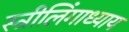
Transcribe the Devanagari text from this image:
स्त्रीलिंगाध्याय